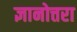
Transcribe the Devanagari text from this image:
ज्ञानोत्तरा